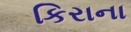
કિરાના